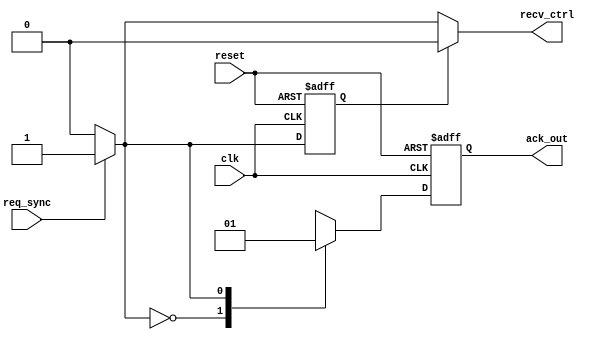
module receiver_fsm (clk, reset, req_sync, ack_out, recv_ctrl);

input clk, reset;
input req_sync; // Synchronized version of req_out from sender
output ack_out; //Acknowledge output from receiver
output reg recv_ctrl; // Data capture qualifier

localparam S_ACK0 = 1'b0,
           S_ACK1 = 1'b1;

reg state_reg, state_next;
reg ack_buf_reg, ack_buf_next;

// State register and output buffer
always @(posedge clk or negedge reset)
begin
    if (reset == 1'b0) begin
        state_reg <= S_ACK0;
        ack_buf_reg <= 1'b0;
    end
    else begin
        state_reg <= state_next;
        ack_buf_reg <= ack_buf_next;
    end
end

// Next state logic
always @(state_reg or req_sync)
begin
    state_next <= state_reg;
    recv_ctrl <= 1'b0;
    case (state_reg)
    S_ACK0 : begin
        if (req_sync == 1'b1) begin
            state_next <= S_ACK1;
            recv_ctrl <= 1'b1;
        end
    end
    S_ACK1 : begin
        if (req_sync == 1'b0)
            state_next <= S_ACK0;
    end
    endcase
end

// Look ahead output logic
always @(state_next)
begin
    case (state_next)
    S_ACK0 : begin
        ack_buf_next <= 1'b0;
    end
    S_ACK1 : begin
        ack_buf_next <= 1'b1;
    end
    endcase
end

assign ack_out = ack_buf_reg;

endmodule